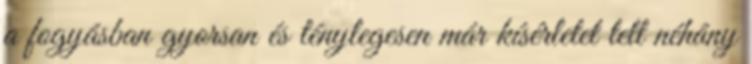
a fogyásban gyorsan és ténylegesen már kísérletet tett néhány